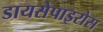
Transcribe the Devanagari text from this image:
डायसेपाइरोस